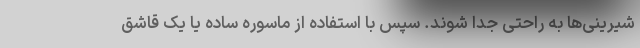
شیرینی‌ها به راحتی جدا شوند. سپس با استفاده از ماسوره ساده یا یک قاشق